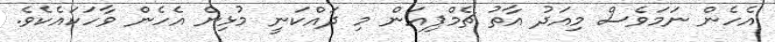
އެހެން ނަަމަވެސް މިއަދު އާތު ޗެމްޕިއަން މި ދައްކަނީ މުޅިން އެހެން ވާހަކައެކެވެ.